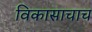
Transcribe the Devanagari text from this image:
विकासाचाच